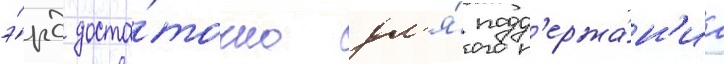
э́рд доста́точно дл'я́ подд'ержа́н'иа